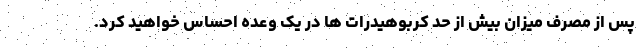
پس از مصرف میزان بیش از حد کربوهیدرات ها در یک وعده احساس خواهید کرد.